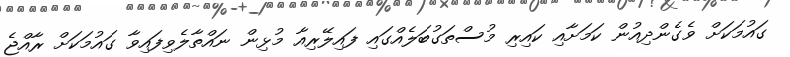
ގައުމަކަށް ވެގެންދިއުން ކަމަށާއި ކައިރި މުސްތަގުބަލެއްގައި ފައިލޭރިއާ މުޅިން ނައްތާލެވިފައިވާ ގައުމަކަށް ރާއްޖެ